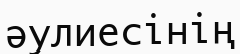
әулиесінің